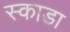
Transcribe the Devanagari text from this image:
स्काडा